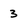
Character: 3